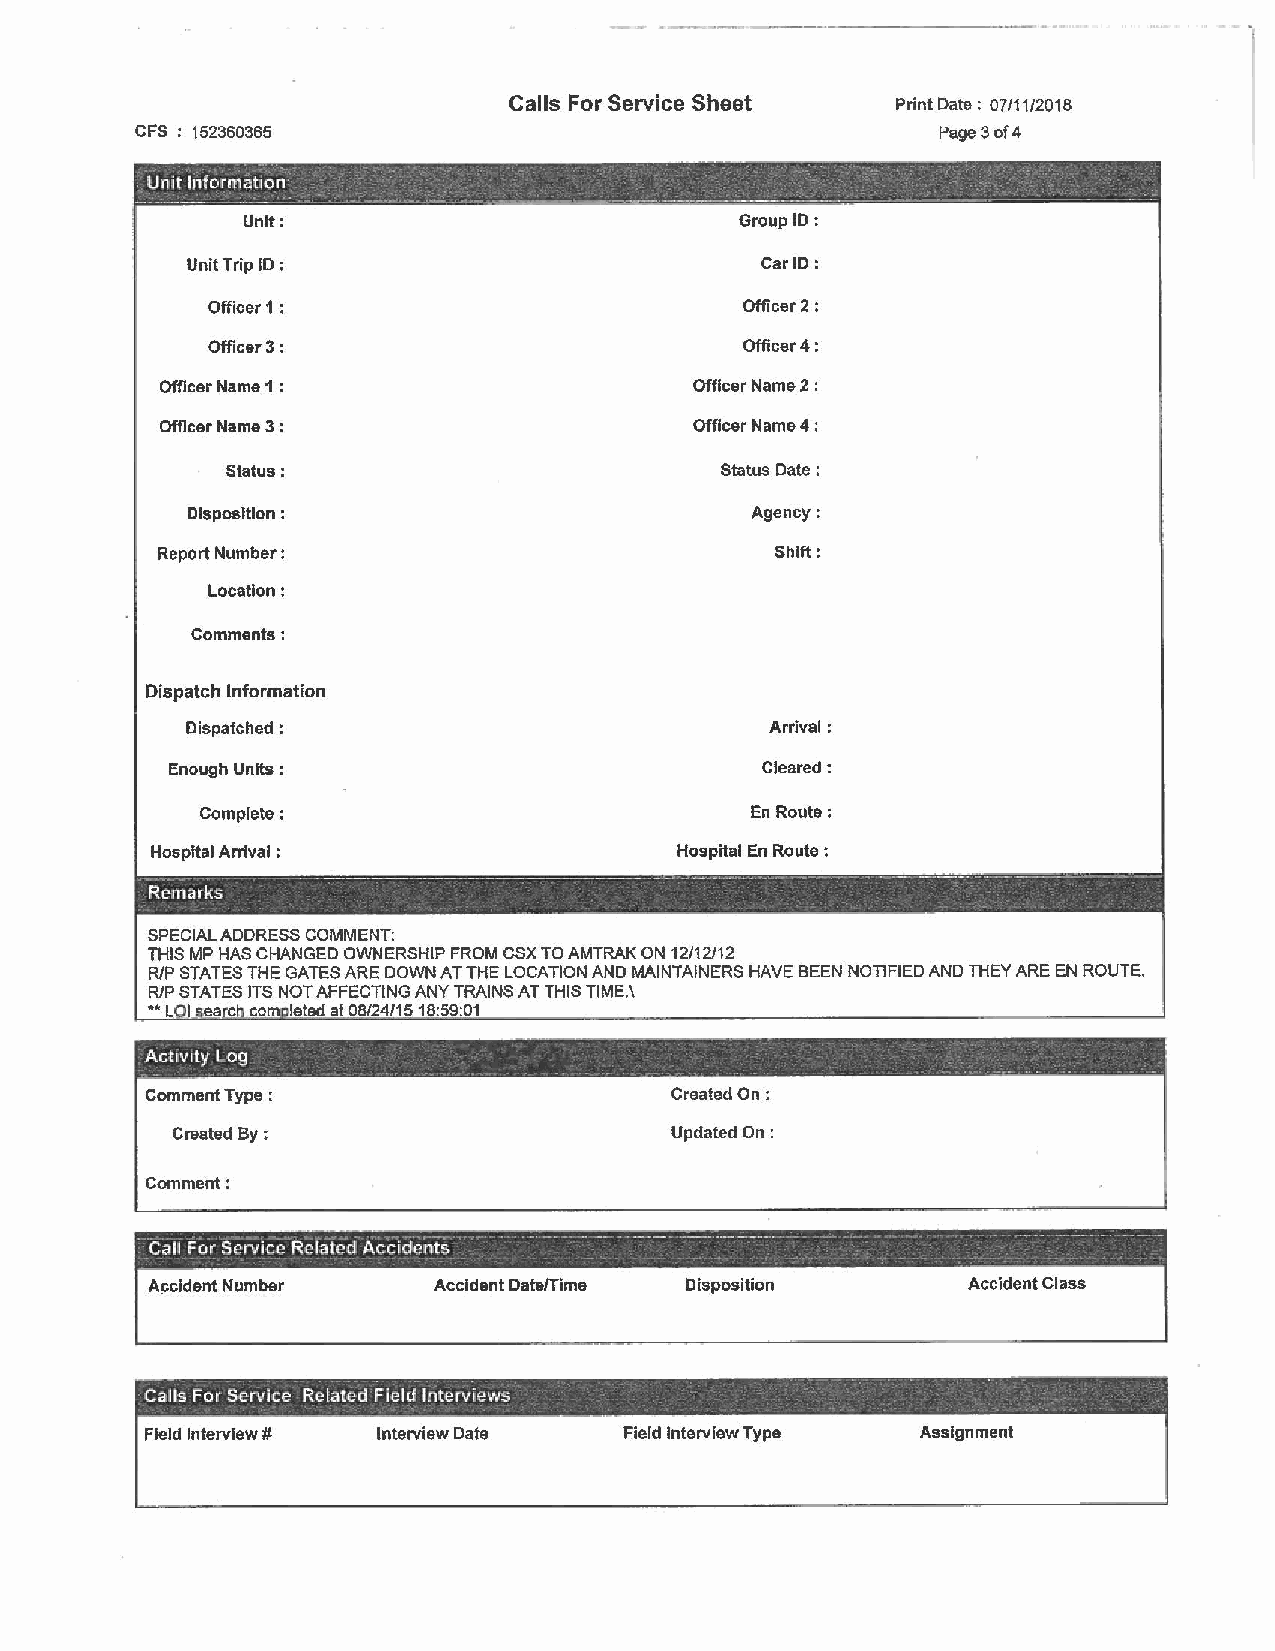
--
 ----~----·--------
 Calls For Service Sheet  Print Date: 07111/2018
 CFS 152360365                                        Page 3 of4
 Unit lnform~t;o~ - - . -- -           .     .  _..   ' .
 ----- - ··· . - -...... ----·-· ·- - - ---- ------,,. - .-~----~------ -_ -- --------- - - - . -
 Unit:                            Group ID:
 Unit Trip ID :                        Car ID:
 Officer 1 :                        Officer 2:
 Officer 3:                         Officer 4:
 Officer Name 1 :                   Officer Name 2:
 Officer Name 3 :                   Officer Name 4:
 Status:                          Status Date :
 Disposition :                         Agency:
 Report Number:                           Shift:
 Location:
 Comments:
 Dispatch Information
 Dispatched :                           Arrival:
 Enough Units:                          Cleared:
 Complete:                            En Route:
 Hospital Arrival :                 Hospital En Route :
 I - ~- -- , - • ------- - - - - ~~-=:;.,.-__ - -~...-.-... -...... - ·-• ·- ~-· • - ~ • -- - ---· - - ------ ~ - -- - -
 R!'.'-marks
 SPECIAL ADDRESS COMMENT:
 THIS MP HAS CHANGED OWNERSHIP FROM CSX TO AMTRAK ON 12/12/12
 RIP STATES THE GATES ARE DOWN AT THE LOCATION AND MAINTAINERS HAVE BEEN NOTIFIED AND THEY ARE EN ROUTE.
 RIP STATES ITS NOT AFFECTING ANY TRAINS AT THIS TIME.\
 - L I ea c com leted at 08/24/15 18:59:01
 -   -
 , Act1v1ty Log
 -                . -        -. - .      . - -            - -  .    -
 Comment Type :                    Created On:
 Created By:                      Updated On:
 Comment:
 Call For Service Rclatcrl Accide' nts- -- - - --- ·· -- - ----· -- ---·------· - ··--- -·---- - ---·-
 - -        -       .           -                 -
 A~cident Number    Accident Date/Time Disposition     Accident Class
 .       . -                                            -
 Calls For Servlce Related Fleld lntervi1:ws
 Field Interview# Interview Date Field Interview Type Assignment